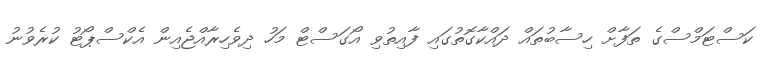
ކަސްޓަމްސްގެ ތަފާށް ހިސާބުތައް ދައްކާގޮތުގައި ފާއިތުވި އޯގަސްޓް މަހު ދިވެހިރާއްޖެއިން އެކްސްޕޯޓު ކުރެވުނު